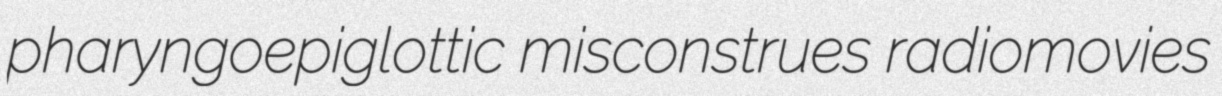
pharyngoepiglottic misconstrues radiomovies